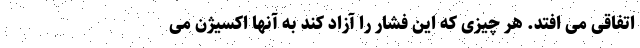
اتفاقی می افتد. هر چیزی که این فشار را آزاد کند به آنها اکسیژن می